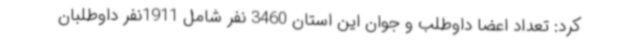
کرد: تعداد اعضا داوطلب و جوان این استان 3460 نفر شامل 1911نفر داوطلبان